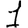
Digit: 1